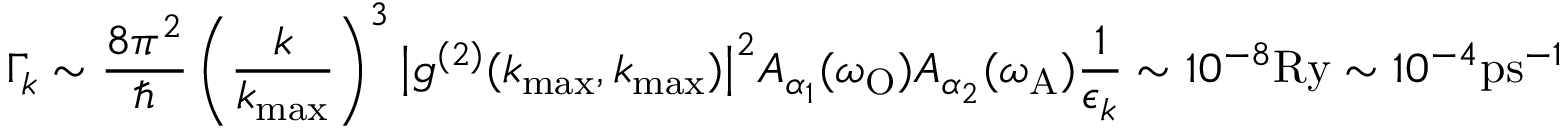
\Gamma _ { k } \sim \frac { 8 \pi ^ { 2 } } { \hbar } \left( \frac { k } { k _ { \operatorname* { m a x } } } \right) ^ { 3 } \big | g ^ { ( 2 ) } ( k _ { \operatorname* { m a x } } , k _ { \operatorname* { m a x } } ) \big | ^ { 2 } A _ { \alpha _ { 1 } } ( \omega _ { \mathrm { O } } ) A _ { \alpha _ { 2 } } ( \omega _ { \mathrm { A } } ) \frac { 1 } { \epsilon _ { k } } \sim 1 0 ^ { - 8 } \mathrm { R y } \sim 1 0 ^ { - 4 } \mathrm { p s } ^ { - 1 }